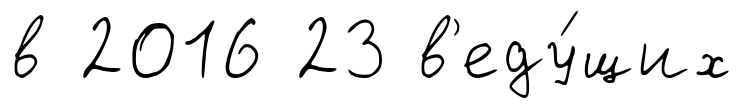
в 2016 23 в'еду́щих